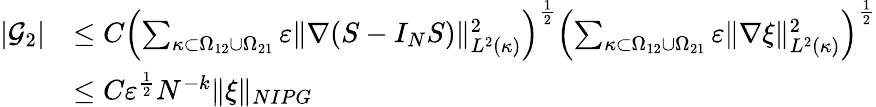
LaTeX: \begin{array}{rl}{|\mathcal{G}_{2}|}&{\le C\left(\sum_{\kappa\subset\Omega_{12}\cup\Omega_{21}}\varepsilon\Vert\nabla(S-I_{N}S)\Vert_{L^{2}(\kappa)}^{2}\right)^{\frac{1}{2}}\left(\sum_{\kappa\subset\Omega_{12}\cup\Omega_{21}}\varepsilon\Vert\nabla\xi\Vert_{L^{2}(\kappa)}^{2}\right)^{\frac{1}{2}}}\\ &{\le C\varepsilon^{\frac{1}{2}}N^{-k}\Vert\xi\Vert_{NIPG}}\end{array}